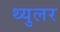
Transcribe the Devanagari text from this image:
थ्युलर